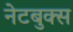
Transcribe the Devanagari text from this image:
नेटबुक्स